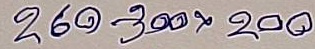
260 - 300 x 200